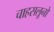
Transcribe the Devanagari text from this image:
चाहसलूनो